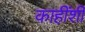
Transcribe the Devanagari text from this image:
काहींशी